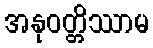
အနုဝတ္တိဿာမ